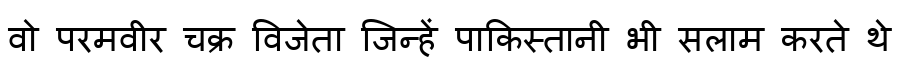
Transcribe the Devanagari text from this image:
वो परमवीर चक्र विजेता जिन्हें पाकिस्तानी भी सलाम करते थे